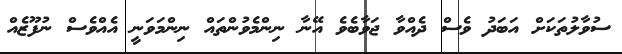
ސުވާލުތަކަށް އަބަދު ވެސް ދެއްވާ ޖަވާބެވެ އޭނާ ނިންމެވުންތައް ނިންމަވަނީ އެއްވެސް ނުފޫޒެއް